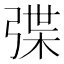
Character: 弽